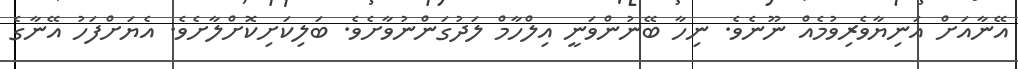
އޭނާއަށް އަނިޔާވެރިވުމެއް ނޫނެވެ. ނިހާ ބޭނުންވަނީ އިލްހާމް ލަދުގަންނުވާށެވެ. ބަލިކަށިކޮށްލާށެވެ. އެޔަށްފަހު އޭނާގެ